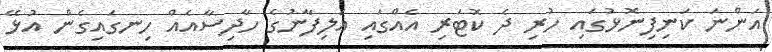
އަންނަ ކަނިފިނޮޅުގައި ހުރި ދެ ކޮޓަރި އެއްގައި އަލިފާނުގެ ހާދިސާއެއް ހިނގައިގެން އުޅޭ